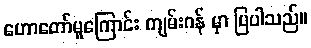
ဟောတော်မူကြောင်း ကျမ်းဂန် မှာ ပြပါသည်။